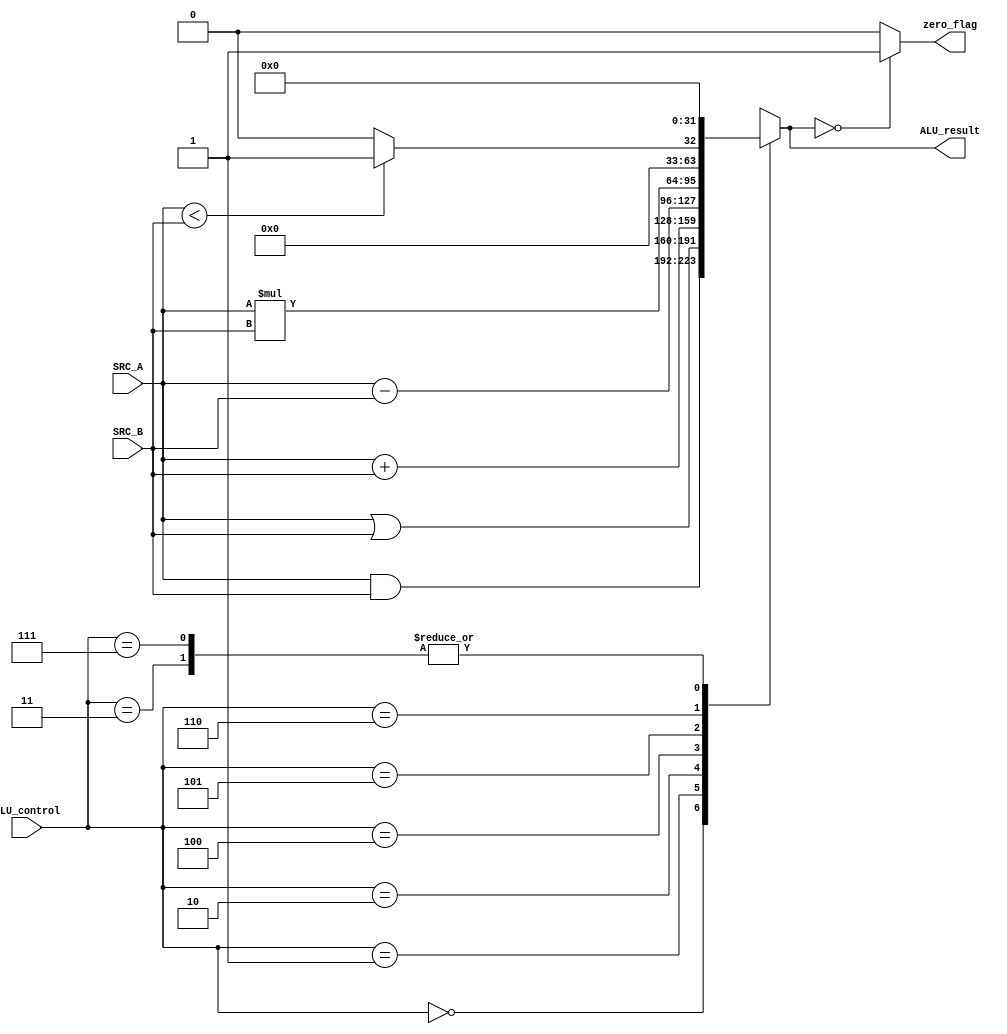
module ALU_mod(input [31:0] SRC_A,
input [31:0] SRC_B,
input [2:0] ALU_control,
output reg [31:0] ALU_result, 
output reg zero_flag);
always @(*)
begin 
case (ALU_control)
3'b000: 
begin
ALU_result=SRC_A & SRC_B;
end 
3'b001:
begin
ALU_result=SRC_A | SRC_B;
end 
3'b010:
begin
ALU_result=SRC_A + SRC_B;
end 
3'b011:
begin
ALU_result='b0;
end 
3'b100:
begin
ALU_result=SRC_A - SRC_B;
end 
3'b101:
begin
ALU_result=SRC_A * SRC_B;
end 
3'b110:
begin
ALU_result=(SRC_A<SRC_B) ? 32'h0000_0001:32'h0000_0000;
end 
3'b111:
begin
ALU_result='b0;
end
default:
begin 
ALU_result='b0;
end
endcase
end
always @(*)
begin
if(!ALU_result)
zero_flag=1'b1;
else
zero_flag=1'b0;
end
endmodule